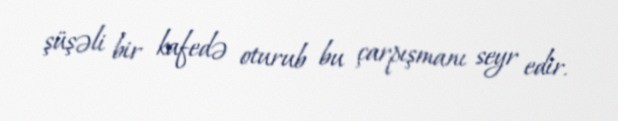
şüşəli bir kafedə oturub bu çarpışmanı seyr edir.